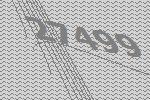
27499